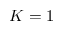
K = 1